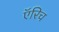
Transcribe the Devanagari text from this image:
ऍरिच